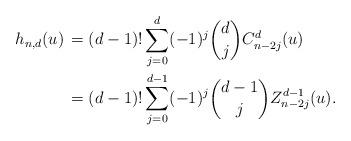
LaTeX: \begin{align*} h_{n,d}(u) \,& = (d-1)! \sum_{j=0}^d (-1)^j \binom{d}{j} C_{n-2j}^d(u) \\ & = (d-1)! \sum_{j=0}^{d-1}(-1)^j \binom{d-1}{j}Z_{n-2j}^{d-1}(u). \end{align*}